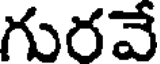
గురవే